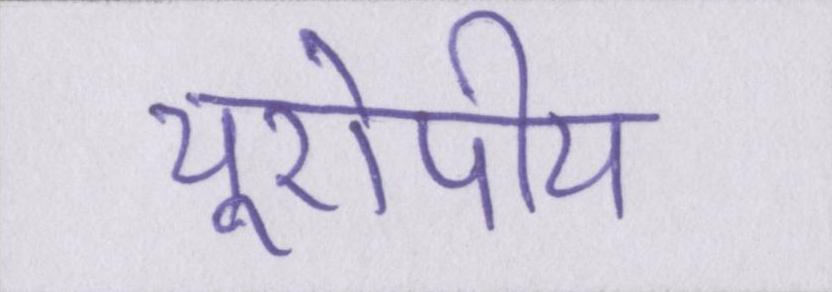
यूरोपीय